Report of the Indian Hemp Drugs Commission, 1894-1895 - Volume I
Year: 1894
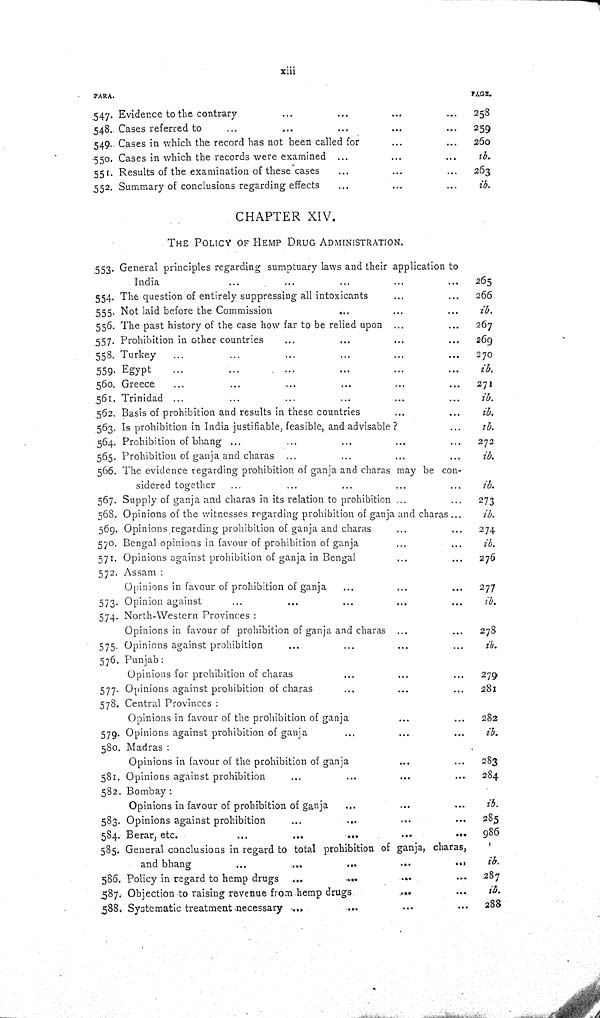
xiii
PARA.
PAGE.
547. Evidence to the contrary
258
548. Cases referred to
259
549. Cases in which the record has not been called for
260
550. Cases in which the records were examined
ib.
551. Results of the examination of these cases
263
552. Summary of conclusions regarding effects
ib.
CHAPTER XIV.
THE POLICY OF HEMP DRUG ADMINISTRATION.
553. General principles regarding sumptuary laws and their application to
India
265
554. The question of entirely suppressing all intoxicants
266
555. Not laid before the Commission
ib.
556. The past history of the case how far to be relied upon
267
557. Prohibition in other countries
269
558. Turkey
270
559. Egypt
ib.
560. Greece
271
561. Trinidad
ib.
562. Basis of prohibition and results in these countries
ib.
563. Is prohibition in India justifiable, feasible, and advisable?
ib.
564. Prohibition of bhang
272
565. Prohibition of ganja and charas
ib.
566. The evidence regarding prohibition of ganja and charas may be con-
sidered together
ib.
567. Supply of ganja and charas in its relation to prohibition
273
568. Opinions of the witnesses regarding prohibition of ganja and charas
ib.
569. Opinions regarding prohibition of ganja and charas
274
570. Bengal opinions in favour of prohibition of ganja
ib.
571. Opinions against prohibition of ganja in Bengal
276
572. Assam:
Opinions in favour of prohibition of ganja
277
573. Opinion against
ib.
574. North-Western Provinces:
Opinions in favour of prohibition of ganja and charas
278
575. Opinions against prohibition
ib.
576. Punjab:
Opinions for prohibition of charas
279
577. Opinions against prohibition of charas
281
578. Central Provinces:
Opinions in favour of the prohibition of ganja
282
579. Opinions against prohibition of ganja
ib.
580. Madras:
Opinions in favour of the prohibition of ganja
283
581. Opinions against prohibition
284
582. Bombay:
Opinions in favour of prohibition of ganja
ib.
583. Opinions against prohibition
285
584. Berar, etc.
986
585. General conclusions in regard to total prohibition of ganja, charas,
and bhang
ib.
586. Policy in regard to hemp drugs
287
587. Objection to raising revenue from hemp drugs
ib.
588. Systematic treatment necessary
288